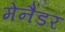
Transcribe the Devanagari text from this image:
मेनैडर